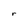
Character: r